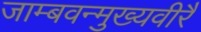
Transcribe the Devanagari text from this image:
जाम्बवन्मुख्यवीरै